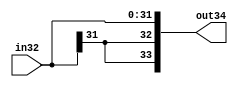
module twobitsignextender(in32, out34);
	input [31:0] in32;
	output [33:0] out34;
	
	assign out34[33] = in32[31];
	assign out34[32] = in32[31];
	assign out34[31] = in32[31];
	assign out34[30] = in32[30];
	assign out34[29] = in32[29];
	assign out34[28] = in32[28];
	assign out34[27] = in32[27];
	assign out34[26] = in32[26];
	assign out34[25] = in32[25];
	assign out34[24] = in32[24];
	assign out34[23] = in32[23];
	assign out34[22] = in32[22];
	assign out34[21] = in32[21];
	assign out34[20] = in32[20];
	assign out34[19] = in32[19];
	assign out34[18] = in32[18];
	assign out34[17] = in32[17];
	assign out34[16] = in32[16];
	assign out34[15] = in32[15];
	assign out34[14] = in32[14];
	assign out34[13] = in32[13];
	assign out34[12] = in32[12];
	assign out34[11] = in32[11];
	assign out34[10] = in32[10];
	assign out34[9] = in32[9];
	assign out34[8] = in32[8];
	assign out34[7] = in32[7];
	assign out34[6] = in32[6];
	assign out34[5] = in32[5];
	assign out34[4] = in32[4];
	assign out34[3] = in32[3];
	assign out34[2] = in32[2];
	assign out34[1] = in32[1];
	assign out34[0] = in32[0];

endmodule